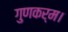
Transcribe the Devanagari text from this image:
गुणकर्म।